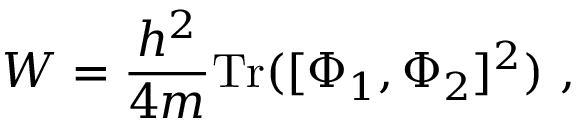
W = { \frac { h ^ { 2 } } { 4 m } } \mathrm { T r } ( [ \Phi _ { 1 } , \Phi _ { 2 } ] ^ { 2 } ) \ ,